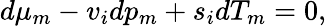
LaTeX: d\mu_{m}-v_{i}dp_{m}+s_{i}dT_{m}=0,